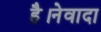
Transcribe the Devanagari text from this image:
है।नेवादा